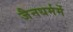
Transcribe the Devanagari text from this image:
जैनधर्ममें